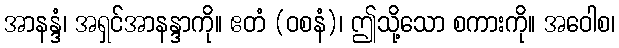
အာနန္ဒံ၊ အရှင်အာနန္ဒာကို။ ဧတံ (ဝစနံ)၊ ဤသို့သော စကားကို။ အဝေါစ၊